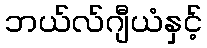
ဘယ်လ်ဂျီယံနှင့်